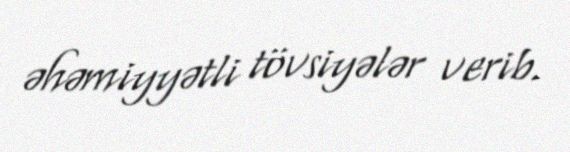
əhəmiyyətli tövsiyələr verib.